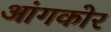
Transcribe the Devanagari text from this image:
आंगकोर